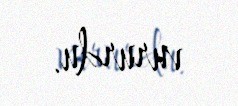
vururdu.